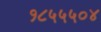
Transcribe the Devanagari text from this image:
१८५५५०४